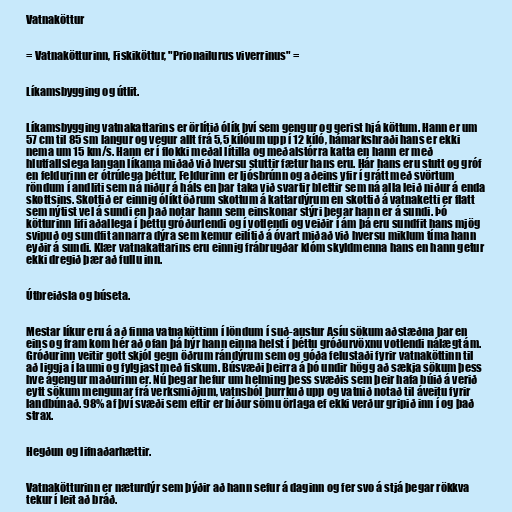
Vatnaköttur

= Vatnakötturinn, Fiskiköttur, "Prionailurus viverrinus" =

Líkamsbygging og útlit.

Líkamsbygging vatnakattarins er örlítið ólík því sem gengur og gerist hjá köttum. Hann er um
57 cm til 85 sm langur og vegur allt frá 5,5 kílóum upp í 12 kíló, hámarkshraði hans er ekki
nema um 15 km/s. Hann er í flokki meðal lítilla og meðalstórra katta en hann er með
hlutfallslega langan líkama miðað við hversu stuttir fætur hans eru. Hár hans eru stutt og gróf
en feldurinn er ótrúlega þéttur. Feldurinn er ljósbrúnn og aðeins yfir í grátt með svörtum
röndum í andliti sem ná niður á háls en þar taka við svartir blettir sem ná alla leið niður á enda
skottsins. Skottið er einnig ólíkt öðrum skottum á kattardýrum en skottið á vatnaketti er flatt
sem nýtist vel á sundi en það notar hann sem einskonar stýri þegar hann er á sundi. Þó
kötturinn lifi aðallega í þéttu gróðurlendi og í votlendi og veiðir í ám þá eru sundfit hans mjög
svipuð og sundfit annarra dýra sem kemur eilítið á óvart miðað við hversu miklum tíma hann
eyðir á sundi. Klær vatnakattarins eru einnig frábrugðar klóm skyldmenna hans en hann getur
ekki dregið þær að fullu inn.

Útbreiðsla og búseta.

Mestar líkur eru á að finna vatnaköttinn í löndum í suð-austur Asíu sökum aðstæðna þar en
eins og fram kom hér að ofan þá býr hann einna helst í þéttu gróðurvöxnu votlendi nálægt ám.
Gróðurinn veitir gott skjól gegn öðrum rándýrum sem og góða felustaði fyrir vatnaköttinn til
að liggja í laumi og fylgjast með fiskum. Búsvæði þeirra á þó undir högg að sækja sökum þess
hve ágengur maðurinn er. Nú þegar hefur um helming þess svæðis sem þeir hafa búið á verið
eytt sökum mengunar frá verksmiðjum, vatnsból þurrkuð upp og vatnið notað til áveitu fyrir
landbúnað. 98% af því svæði sem eftir er bíður sömu örlaga ef ekki verður gripið inn í og það
strax.

Hegðun og lifnaðarhættir.

Vatnakötturinn er næturdýr sem þýðir að hann sefur á daginn og fer svo á stjá þegar rökkva
tekur í leit að bráð.